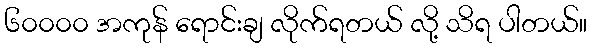
၆၀၀၀၀ အကုန် ရောင်းချ လိုက်ရတယ် လို့ သိရ ပါတယ်။